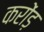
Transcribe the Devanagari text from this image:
करोंड़